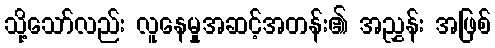
သို့သော်လည်း လူနေမှုအဆင့်အတန်း၏ အညွှန်း အဖြစ်